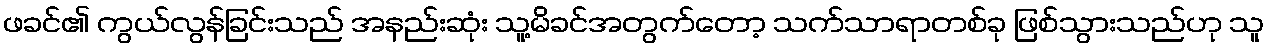
ဖခင်၏ ကွယ်လွန်ခြင်းသည် အနည်းဆုံး သူ့မိခင်အတွက်တော့ သက်သာရာတစ်ခု ဖြစ်သွားသည်ဟု သူ